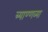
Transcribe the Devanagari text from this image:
त्र्याण्णव्या